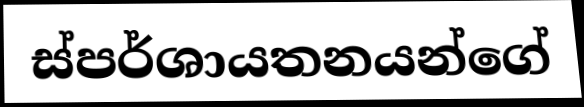
ස්පර්ශායතනයන්ගේ